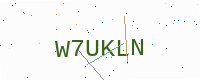
Text: W7UKLN